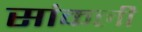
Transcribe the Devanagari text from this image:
सांकली